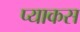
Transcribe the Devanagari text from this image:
प्याकस